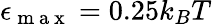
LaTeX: \epsilon_{\mathrm{~m~a~x~}}=0.25k_{B}T